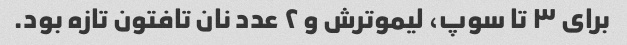
برای ۳ تا سوپ، لیموترش و ۲ عدد نان تافتون تازه بود.